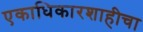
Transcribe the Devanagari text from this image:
एकाधिकारशाहीचा